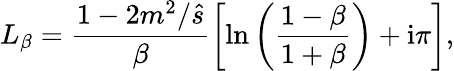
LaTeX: L_{\beta}=\frac{1-2m^{2}/\hat{s}}{\beta}\left[\ln\left(\frac{1-\beta}{1+\beta}\right)+\mathrm{i}\pi\right],